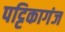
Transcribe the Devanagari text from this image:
पट्टिकागंज